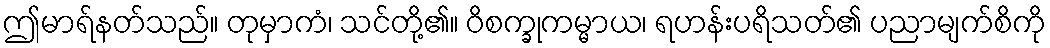
ဤမာရ်နတ်သည်။ တုမှာကံ၊ သင်တို့၏။ ဝိစက္ခုကမ္မာယ၊ ရဟန်းပရိသတ်၏ ပညာမျက်စိကို